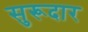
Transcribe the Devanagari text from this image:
सुरूदार